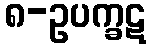
၈-ဥပက္ခဋ